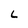
Character: L